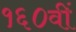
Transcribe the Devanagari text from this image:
१६०वीं